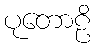
ပုတောဠိ